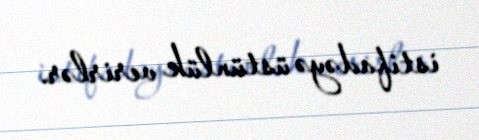
istifadəyə üstünlük verirlər.